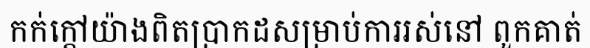
កក់ក្តៅយ៉ាងពិតប្រាកដសម្រាប់ការរស់នៅ ពួកគាត់